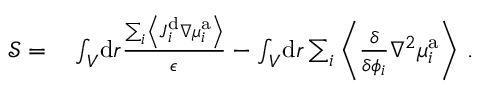
\begin{array} { r l } { \mathcal { S } = } & { { } \int _ { V } \! \mathrm { d } \boldsymbol { r } \frac { \sum _ { i } \left\langle \boldsymbol { J } _ { i } ^ { \mathrm { d } } \nabla { \mu } _ { i } ^ { \mathrm { a } } \right\rangle } { \epsilon } - \int _ { V } \! \mathrm { d } \boldsymbol { r } \sum _ { i } \left\langle \frac { \delta } { \delta { \phi _ { i } } } \nabla ^ { 2 } \mu _ { i } ^ { \mathrm { a } } \right\rangle \, . } \end{array}